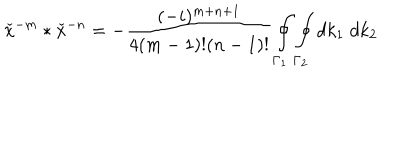
{ \check { x } } ^ { - m } \ast { \check { x } } ^ { - n } = - \frac { ( - i ) ^ { m + n + 1 } } { 4 ( m - 1 ) ! ( n - 1 ) ! } \oint _ { { \Gamma } _ { 1 } } \oint _ { { \Gamma } _ { 2 } } d k _ { 1 } \; d k _ { 2 }